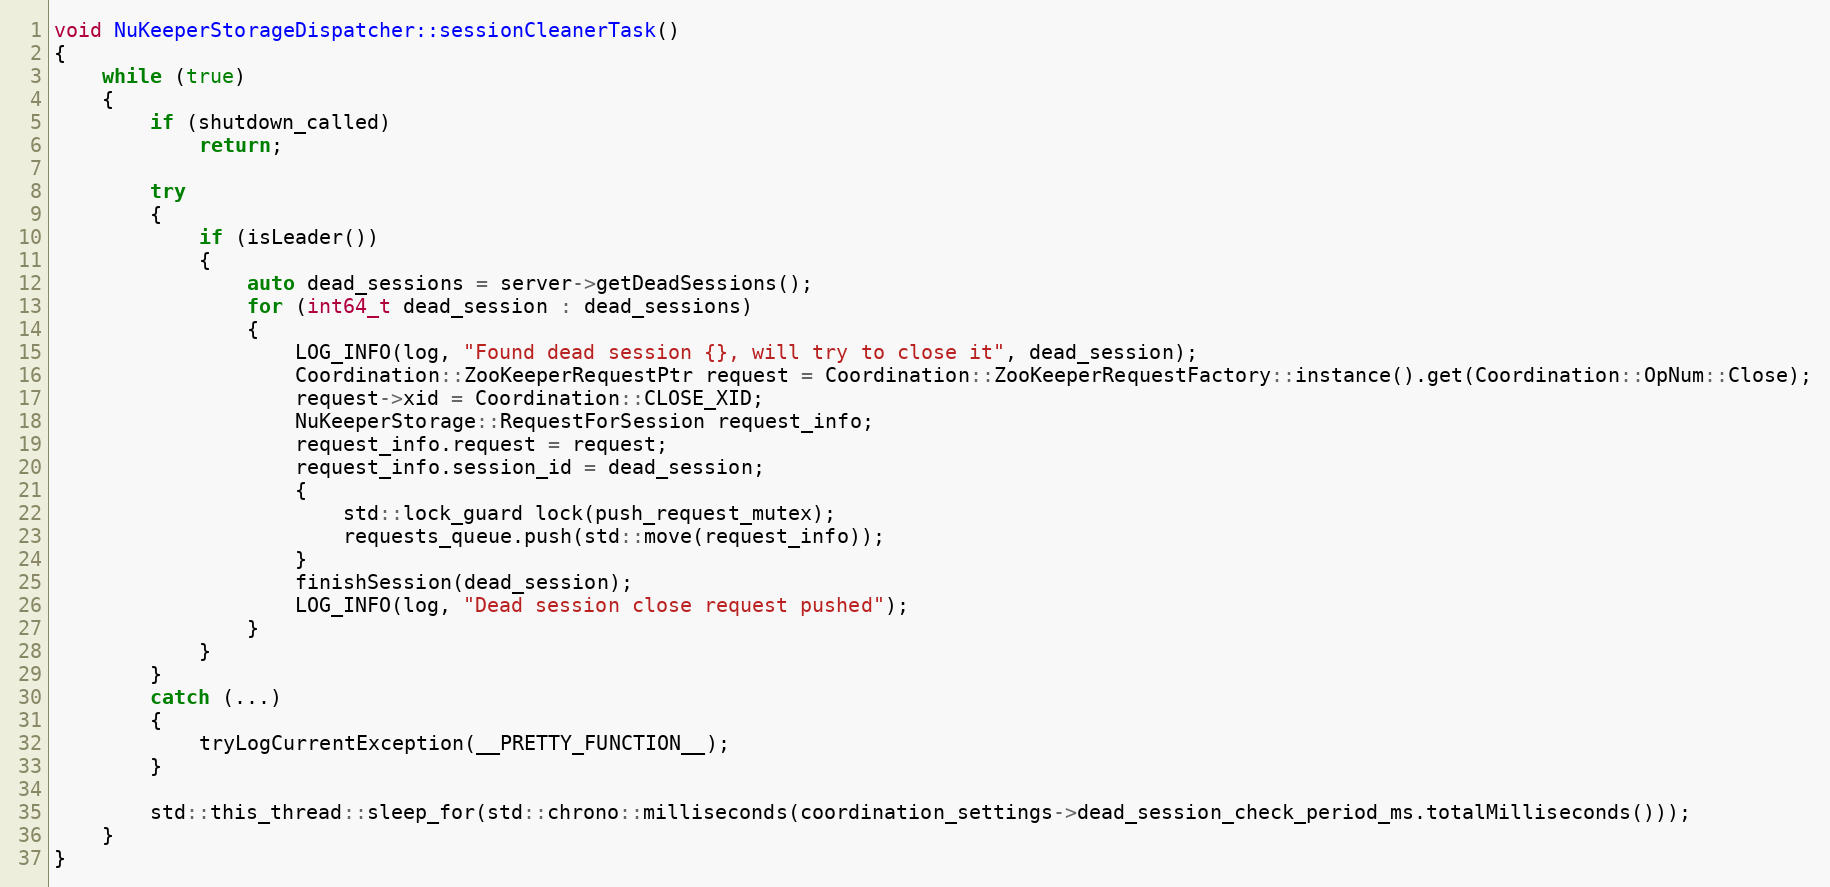
Language: C++
void NuKeeperStorageDispatcher::sessionCleanerTask()
{
    while (true)
    {
        if (shutdown_called)
            return;

        try
        {
            if (isLeader())
            {
                auto dead_sessions = server->getDeadSessions();
                for (int64_t dead_session : dead_sessions)
                {
                    LOG_INFO(log, "Found dead session {}, will try to close it", dead_session);
                    Coordination::ZooKeeperRequestPtr request = Coordination::ZooKeeperRequestFactory::instance().get(Coordination::OpNum::Close);
                    request->xid = Coordination::CLOSE_XID;
                    NuKeeperStorage::RequestForSession request_info;
                    request_info.request = request;
                    request_info.session_id = dead_session;
                    {
                        std::lock_guard lock(push_request_mutex);
                        requests_queue.push(std::move(request_info));
                    }
                    finishSession(dead_session);
                    LOG_INFO(log, "Dead session close request pushed");
                }
            }
        }
        catch (...)
        {
            tryLogCurrentException(__PRETTY_FUNCTION__);
        }

        std::this_thread::sleep_for(std::chrono::milliseconds(coordination_settings->dead_session_check_period_ms.totalMilliseconds()));
    }
}